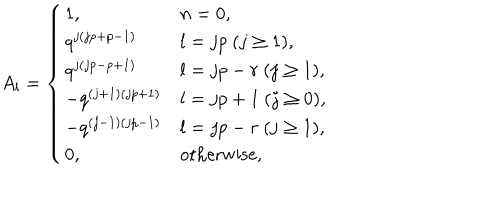
LaTeX: A _ { l } = \left\{ \begin{array} { l l } { { 1 , } } & { { n = 0 , } } \\ { { q ^ { j ( j p + p - 1 ) } } } & { { l = j p ~ ( j \geq 1 ) , } } \\ { { q ^ { j ( j p - p + 1 ) } } } & { { l = j p - r ~ ( j \geq 1 ) , } } \\ { { - q ^ { ( j + 1 ) ( j p + 1 ) } } } & { { l = j p + 1 ~ ( j \geq 0 ) , } } \\ { { - q ^ { ( j - 1 ) ( j p - 1 ) } } } & { { l = j p - r ~ ( j \geq 1 ) , } } \\ { { 0 , } } & { { \mathrm { o t h e r w i s e } , } } \\ \end{array} \right.